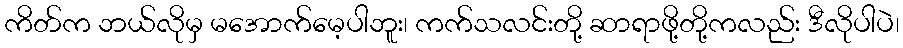
ကိတ်က ဘယ်လိုမှ မအောက်မေ့ပါဘူး၊ ကက်သလင်းတို့ ဆာရာဖို့တို့ကလည်း ဒီလိုပါပဲ၊